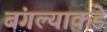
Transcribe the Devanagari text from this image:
बंगल्याकडे